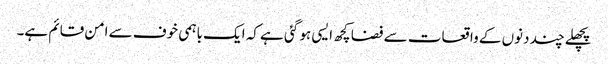
پچھلے چند دنوں کے واقعات سے فضا کچھ ایسی ہو گئی ہے کہ ایک باہمی خوف سے امن قائم ہے۔